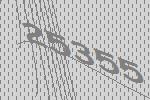
25355